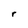
Character: r